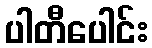
ပါတီပေါင်း